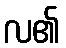
လ၏